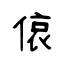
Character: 偯